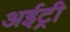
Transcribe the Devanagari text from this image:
अईट्री